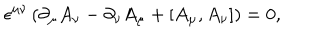
LaTeX: \epsilon ^ { \mu \nu } \left( \partial _ { \mu } A _ { \nu } - \partial _ { \nu } A _ { \mu } + [ A _ { \mu } , A _ { \nu } ] \right) = 0 ,